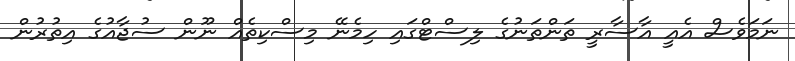
ނަމަވެސް އެއީ އާސާރީ ތަންތަނުގެ ލިސްޓްގައި ހިމެނޭ މިސްކިތެއް ނޫން ސުޖާއުގެ އިތުރުން